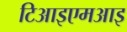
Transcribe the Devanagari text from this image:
टिआइएमआइ